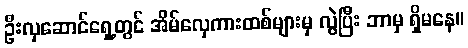
ဦးလှဆောင်ရှေ့တွင် အိမ်လှေကားထစ်များမှ လွဲပြီး ဘာမှ ရှိမနေ။